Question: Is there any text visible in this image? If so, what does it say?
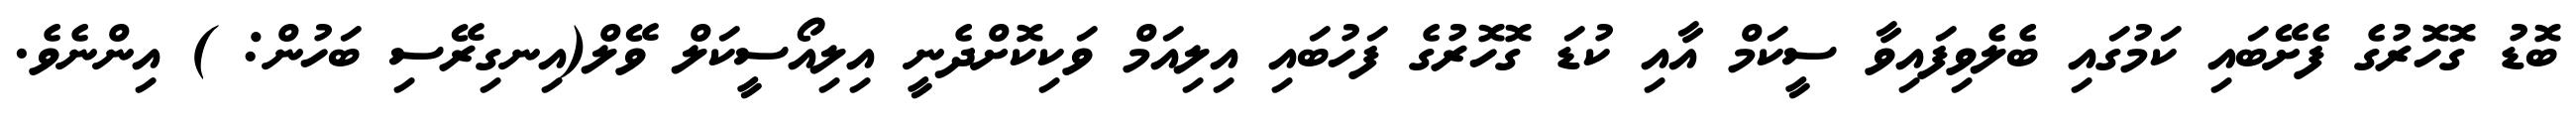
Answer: ބޮޑު ގޮހޮރުގެ ފެށޭބައި ކަމުގައި ބެލެވިފައިވާ ސީކަމް އާއި ކުޑަ ގޮހޮރުގެ ފަހުބައި އިލިއަމް ވަކިކޮށްދެނީ އިލިއޯސީކަލް ވޭލް(އިނގިރޭސި ބަހުން: ) އިންނެވެ.